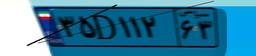
۶۱D۰۱۴۶۳